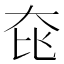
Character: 𡘁